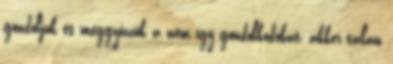
gondoljuk és meggyőzzük a nem így gondolkodókat, akkor talán